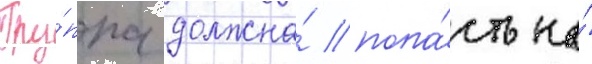
Гру́ппа должна́ попа́сть на́